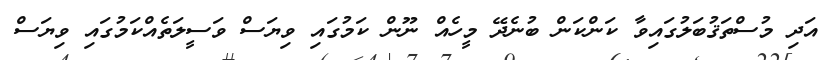
އަދި މުސްތަޤުބަލުގައިވާ ކަންކަން ބުނެދޭ މީހެއް ނޫން ކަމުގައި ވިޔަސް ވަސީލަތެއްކަމުގައި ވިޔަސް